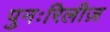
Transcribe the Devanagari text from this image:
पुनःरिलीज़